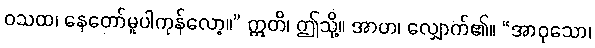
ဝသထ၊ နေတော်မူပါကုန်လော့။” ဣတိ၊ ဤသို့။ အာဟ၊ လျှောက်၏။ “အာဝုသော၊